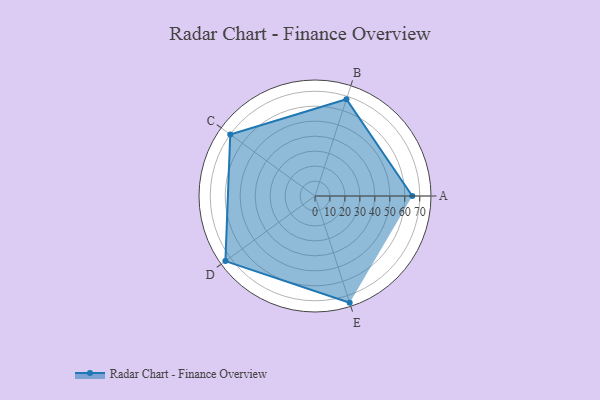
{"axis": {"x": "Skill", "y": "Score"}, "legend": ["Profile"], "data": [{"x": "A", "y": 65.0, "type": "Profile"}, {"x": "B", "y": 68.0, "type": "Profile"}, {"x": "C", "y": 70.0, "type": "Profile"}, {"x": "D", "y": 74.0, "type": "Profile"}, {"x": "E", "y": 75.0, "type": "Profile"}]}